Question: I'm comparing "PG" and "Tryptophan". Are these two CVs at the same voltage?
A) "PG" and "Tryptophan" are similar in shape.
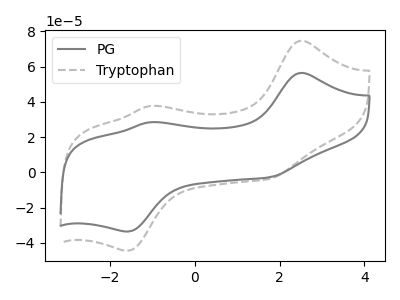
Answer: <think>The gray curve "PG" has anodic peaks at (2.50V, 56.40uA) (-1.05V, 28.45uA) and cathodic peaks at (1.75V, -2.80uA) (-1.60V, -33.65uA). The gray dashed curve "Tryptophan" has anodic peaks at (2.50V, 74.70uA) (-1.05V, 37.65uA) and cathodic peaks at (1.75V, -3.70uA) (-1.60V, -44.55uA).
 All the peaks in "PG" have a peak in "Tryptophan" at the same potential. Every peak in "PG" is lower than every peak in "Tryptophan".</think>
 <answer>A) "PG" and "Tryptophan" are similar in shape.</answer>
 <eval>A</eval>